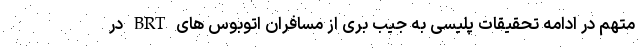
متهم در ادامه تحقیقات پلیسی به جیب بری از مسافران اتوبوس های BRT در